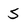
Character: 5